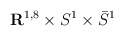
\begin{align*} {\mathbf{R}}^{1,8}\times S^1 \times \bar{S}^1\end{align*}